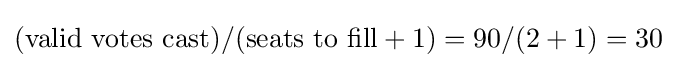
({\rm {\mbox{valid votes cast}}})/({\rm {\mbox{seats to fill}}}+1)=90/(2+1)=30